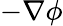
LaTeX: -\nabla\phi